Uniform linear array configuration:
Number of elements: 48
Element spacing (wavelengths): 0.25
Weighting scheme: uniform
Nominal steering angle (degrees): -45
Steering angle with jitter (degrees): -44.252
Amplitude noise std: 0.05
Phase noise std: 0.05

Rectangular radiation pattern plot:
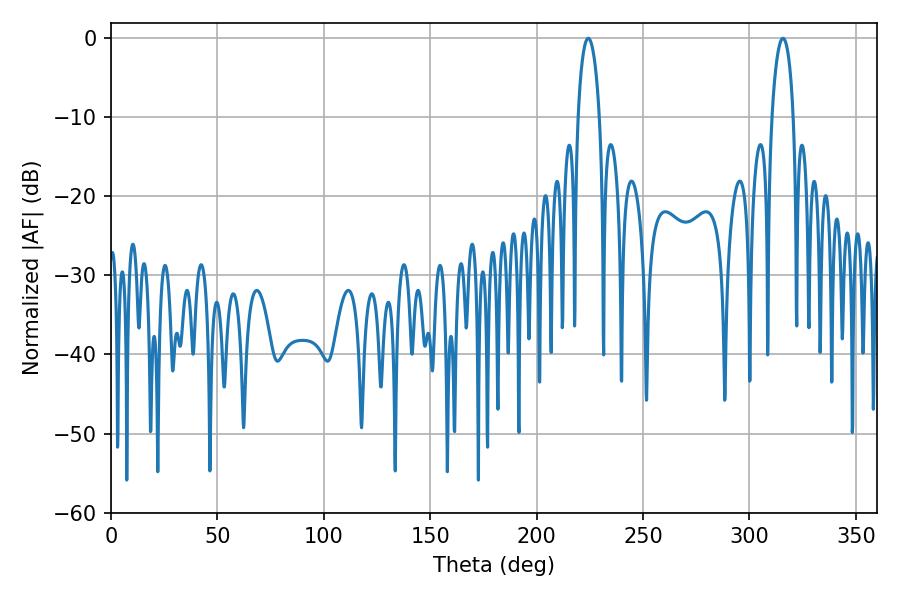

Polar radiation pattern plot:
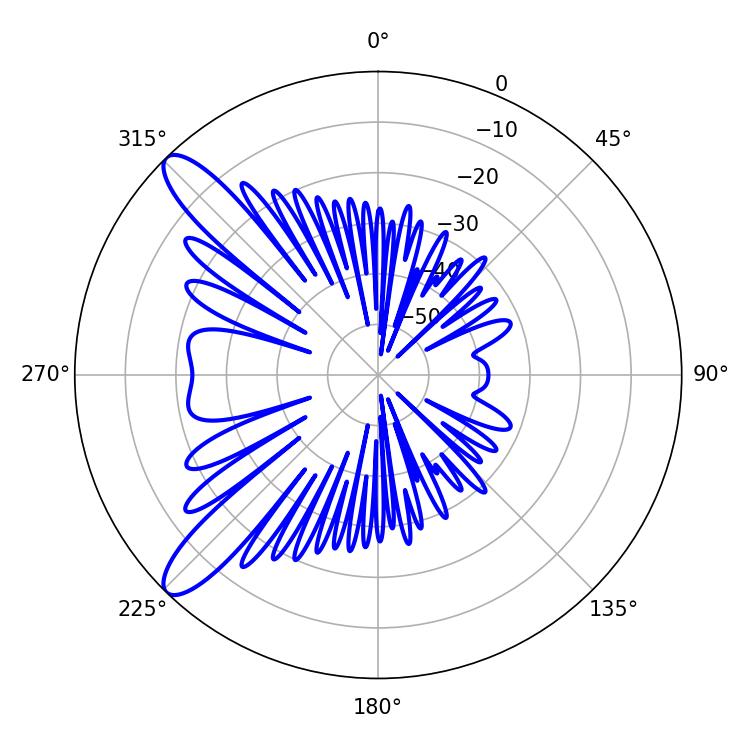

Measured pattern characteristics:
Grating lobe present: FALSE
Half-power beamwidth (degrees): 5.76
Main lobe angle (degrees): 224.28